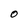
Character: O